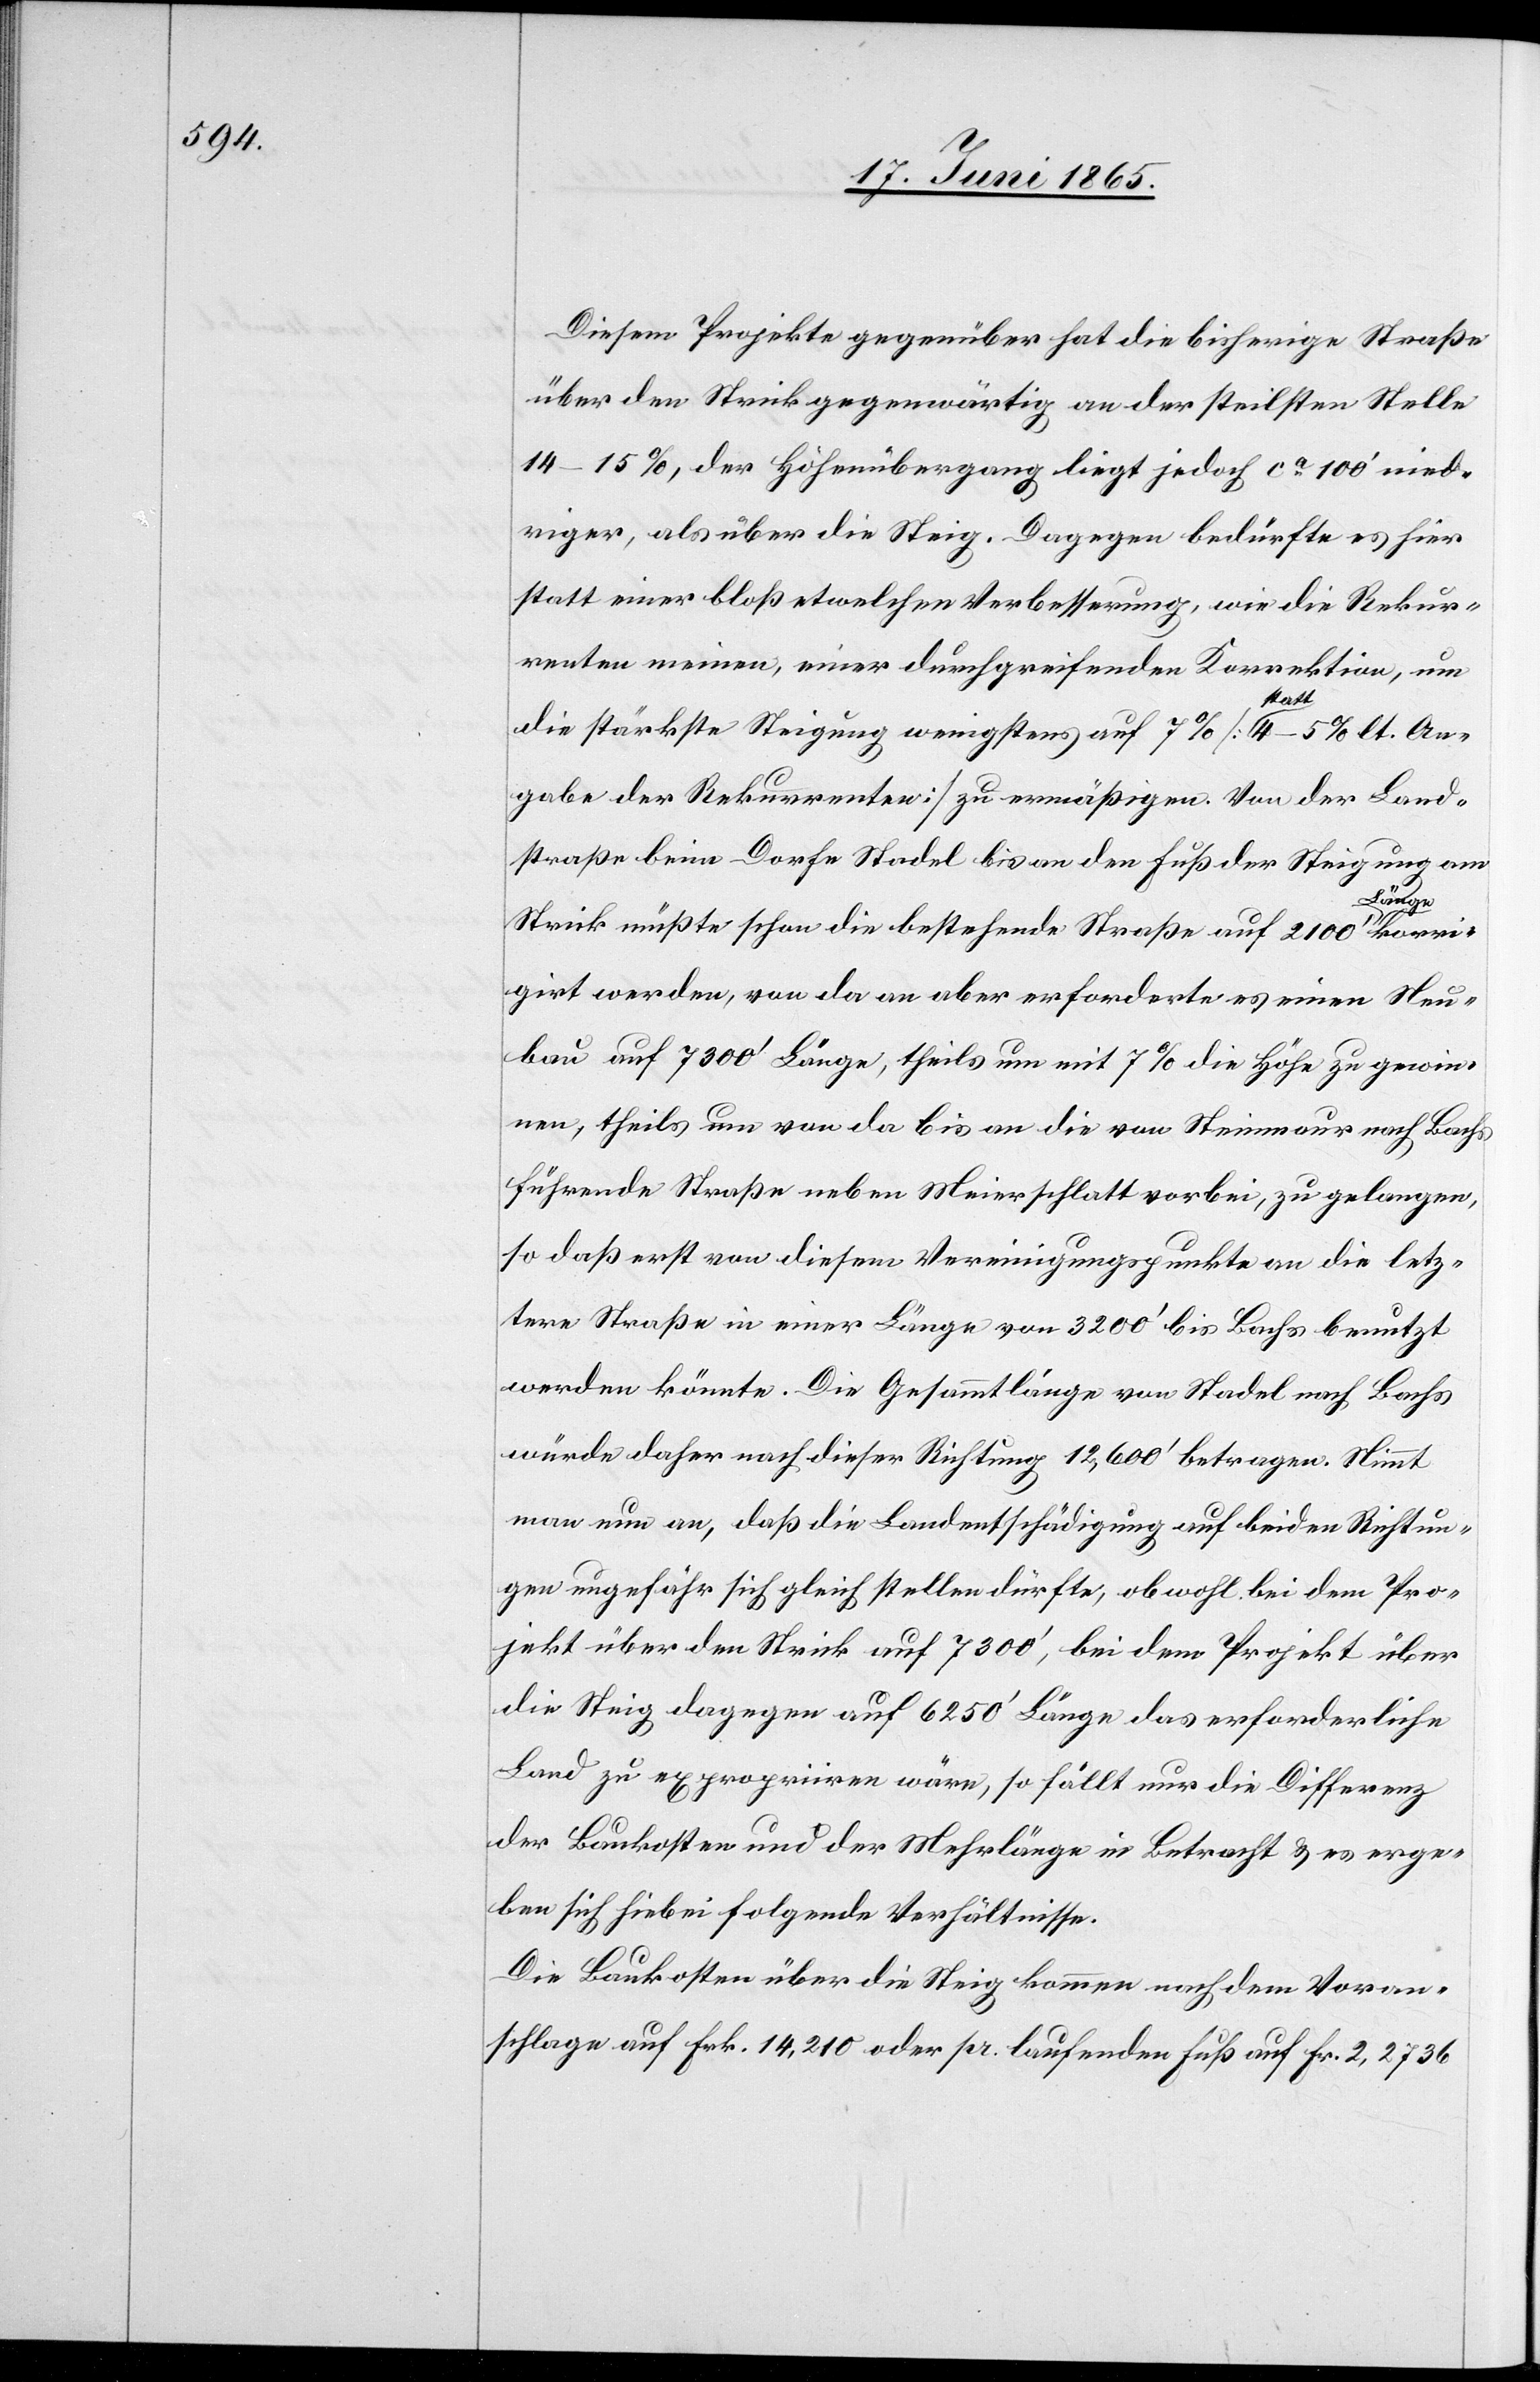
Diesem Projekt gegenüber hat die bisherige Straße
über den Strick gegenwärtig an der steilsten Stelle
14–15 %, der Höhenübergang liegt jedoch ca 100’ nied¬
riger, als über die Steig. Dagegen bedürfte es hier
statt einer bloß etwelchen Verbesserung, wie die Rekur¬
renten meinen, einer durchgreifenden Korrektion, um
die stärkste Steigung wenigstens auf 7 % [statt 4–5 % lt. An¬
gabe der Rekurrenten] zu ermäßigen. Von der Land¬
straße beim Dorfe Stadel bis an den Fuß der Steigung am
korri¬
Strick müßte schon die bestehende Straße auf 2100’ Länge
girt werden, von da an aber erforderte es einen Neu¬
bau auf 7300’ Länge, theils um mit 7 % die Höhe zu gewin¬
nen, theils um von da bis an die von Steinmaur nach Bachs
führende Straße neben Meierschlatt vorbei, zu gelangen,
so daß erst von diesem Vereinigungspunkte an die letz¬
tere Straße in einer Länge von 3200’ bis Bachs benutzt
werden könnte. Die Gesammtlänge von Stadel nach Bachs
würde daher nach dieser Richtung 12,600’ betragen. Nimmt
man nun an, daß die Landentschädigung auf beiden Richtun¬
gen ungefähr sich gleich stellen dürfte, obwohl bei dem Pro¬
jekt über den Strick auf 7300’, bei dem Projekt über
die Steig dagegen auf 6250’ Länge das erforderliche
Land zu expropriiren wäre, so fällt nur die Differenz
der Baukosten und der Mehrlänge in Betracht & es erge¬
ben sich hiebei folgende Verhältnisse.
Die Baukosten über die Steig kommen nach dem Voran¬
schlage auf Frk. 14,210 oder per laufenden Fuß auf Fr. 2,2736